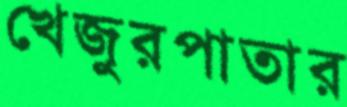
খেজুরপাতার